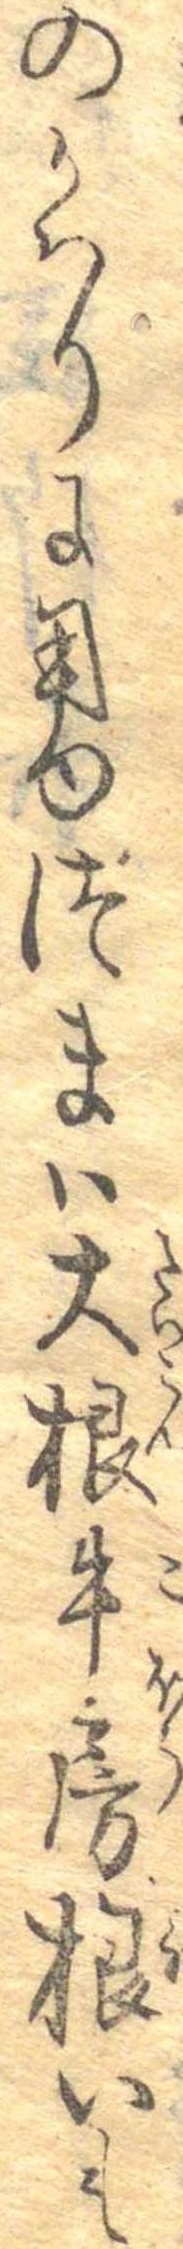
のかはりに用ゆつまは大根牛房根いも